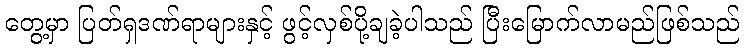
တွေ့မှာ ပြတ်ရှဒဏ်ရာများနှင့် ဖွင့်လှစ်ပို့ချခဲ့ပါသည် ပြီးမြောက်လာမည်ဖြစ်သည်